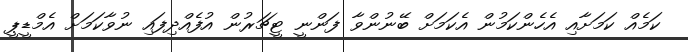
ކަމެއް ކަމަށާއި އެހެންކަމުން އެކަމަށް ބޭނުންވާ ފަންނީ ޓީޗަރުން އުފެއްދިފައި ނުވާކަމަށް އެމްޑީޕީ